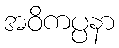
အဝိကပ္ပနာ